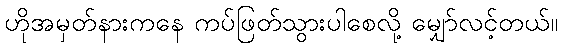
ဟိုအမှတ်နားကနေ ကပ်ဖြတ်သွားပါစေလို့ မျှော်လင့်တယ်။